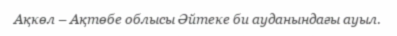
Ақкөл – Ақтөбе облысы Әйтеке би ауданындағы ауыл.